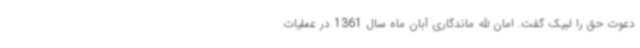
دعوت حق را لبیک گفت. امان الله ماندگاری آبان ماه سال 1361 در عملیات